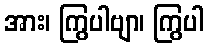
အား၊ ကြွပါဗျာ၊ ကြွပါ